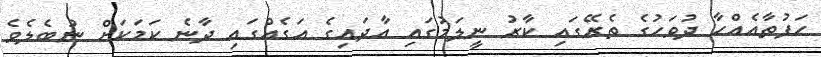
ހަފުތާއެއްހާ ދުވަހުގެ ތެރޭގައި ކާރު ނީލަމުގައި އާދައިގެ އަގެއްގައި ދާނެ ކަމަކަށް ނުބެލެވެ